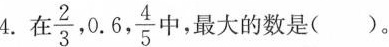
4.在 \frac{2}{3},0.6, \frac{4}{5} 中，最大的数是()。